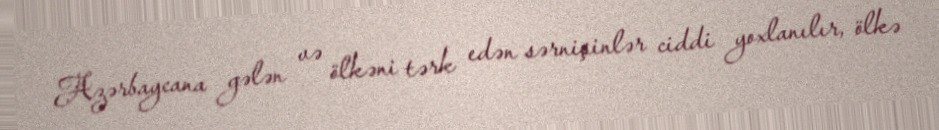
Azərbaycana gələn və ölkəni tərk edən sərnişinlər ciddi yoxlanılır, ölkə